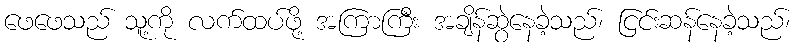
ဖေဖေသည် သူ့ကို လက်ထပ်ဖို့ အကြာကြီး အချိန်ဆွဲနေခဲ့သည်၊ ငြင်းဆန်နေခဲ့သည်၊